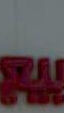
بيج